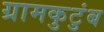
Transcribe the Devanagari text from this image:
ग्रामकुटुंब